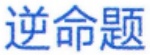
逆命题